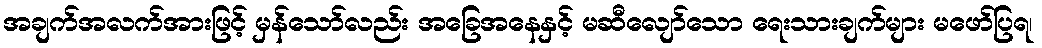
အချက်အလက်အားဖြင့် မှန်သော်လည်း အခြေအနေနှင့် မဆီလျော်သော ရေးသားချက်များ မဖော်ပြရ၊